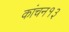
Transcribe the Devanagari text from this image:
कांचन१३